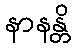
နာနန္တိ